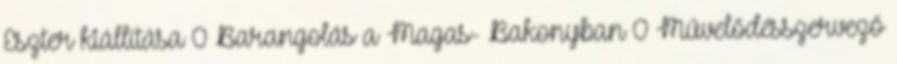
Eszter kiállítása 0 Barangolás a Magas- Bakonyban 0 Művelődésszervező